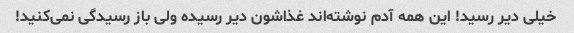
خیلی دیر رسید! این همه آدم نوشته‌اند غذاشون دیر رسیده ولی باز رسیدگی نمی‌کنید!